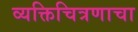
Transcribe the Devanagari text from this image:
व्यक्तिचित्रणाचा